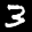
Label: 3